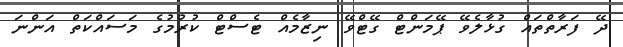
ދޭ ފަރާތްތައް ގުޅާލެވޭ ޕޭމަންޓް ގޭޓްވޭ ނިޒާމެއް ޓެސްޓް ކުރުމުގެ މަސައްކަތް އަންނަ